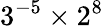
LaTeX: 3^{-5}\times 2^{8}